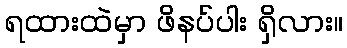
ရထားထဲမှာ ဖိနပ်ပါး ရှိလား။